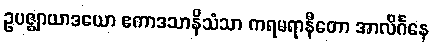
ဥပဇ္ဈာယာဒယော ဧကာဒသာနိသံသာ ကရမရာနီတော အာလိင်္ဂနေ